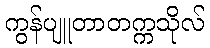
ကွန်ပျူတာတက္ကသိုလ်